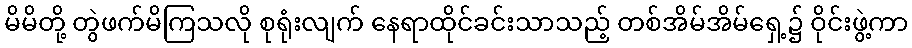
မိမိတို့ တွဲဖက်မိကြသလို စုရုံးလျက် နေရာထိုင်ခင်းသာသည့် တစ်အိမ်အိမ်ရှေ့၌ ဝိုင်းဖွဲ့ကာ